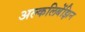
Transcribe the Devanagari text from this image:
अल्कलिबेंझिन